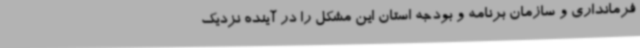
فرمانداری و سازمان برنامه و بودجه استان این مشکل را در آینده نزدیک